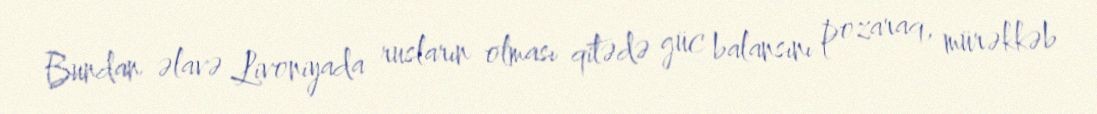
Bundan əlavə Livoniyada rusların olması qitədə güc balansını pozaraq, mürəkkəb